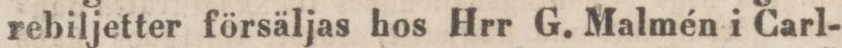
rebiljetter försäljas hos Hrr G. Malmén i Carl-